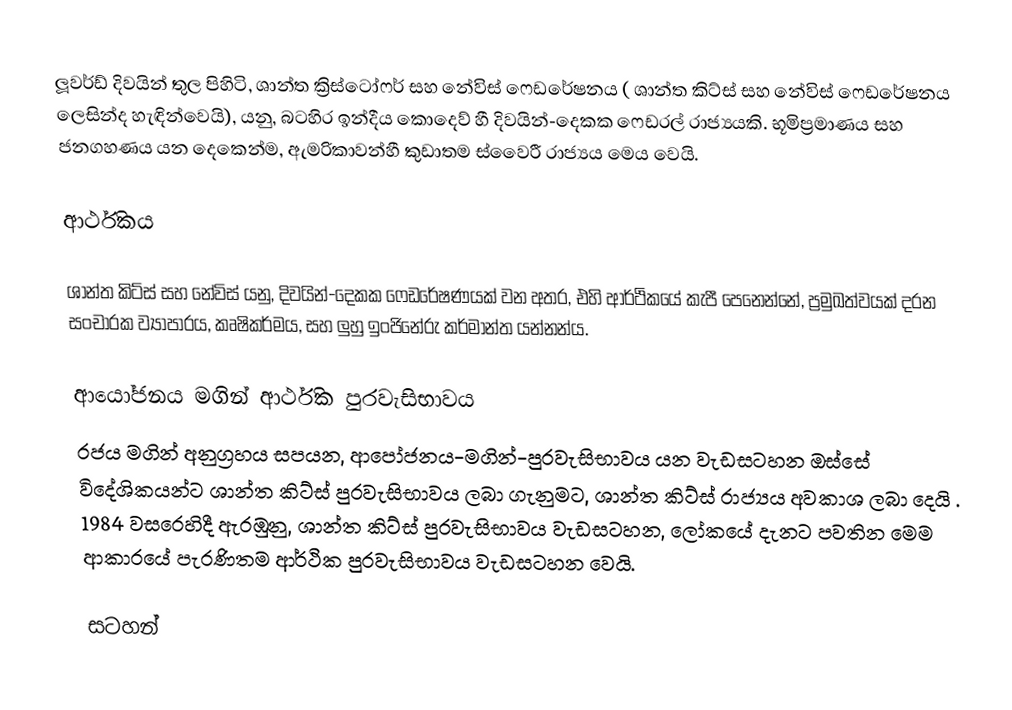
ලූවර්ඩ් දිවයින් තුල පිහිටි, ශාන්ත ක්‍රිස්ටෝෆර් සහ නේවිස් ෆෙඩරේෂනය ( ශාන්ත කිට්ස් සහ නේවිස් ෆෙඩරේෂනය ලෙසින්ද හැඳින්වෙයි), යනු,  බටහිර ඉන්දීය කොදෙව් හී දිවයින්-දෙකක ෆෙඩරල් රාජ්‍යයකි. භූමිප්‍රමාණය  සහ ජනගහණය යන දෙකෙන්ම, ඇමරිකාවන්හී කුඩාතම ස්වෛරී රාජ්‍යය මෙය වෙයි.

ආර්ථිකය

ශාන්ත කිට්ස් සහ නේවිස් යනු, දිවයින්-දෙකක ෆෙඩරේෂණයක් වන අතර, එහි ආර්ථිකයේ කැපී පෙනෙන්නේ, ප්‍රමුඛත්වයක් දරන සංචාරක ව්‍යාපාරය, කෘෂිකර්මය, සහ ලුහු ඉංජිනේරු කර්මාන්ත යන්නන්ය.

ආයෝජනය මගින් ආර්ථික පුරවැසිභාවය
රජය මගින් අනුග්‍රහය සපයන, ආපෝජනය-මගින්-පුරවැසිභාවය යන වැඩසටහන ඔස්සේ විදේශිකයන්ට ශාන්ත කිට්ස් පුරවැසිභාවය ලබා ගැනුමට, ශාන්ත කිට්ස් රාජ්‍යය අවකාශ ලබා දෙයි . 1984 වසරෙහිදී ඇරඹුනු, ශාන්ත කිට්ස් පුරවැසිභාවය වැඩසටහන, ලෝකයේ දැනට පවතින මෙම ආකාරයේ පැරණිතම ආර්ථික පුරවැසිභාවය වැඩසටහන වෙයි.

සටහන්